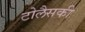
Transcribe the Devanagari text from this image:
टोलैसकी